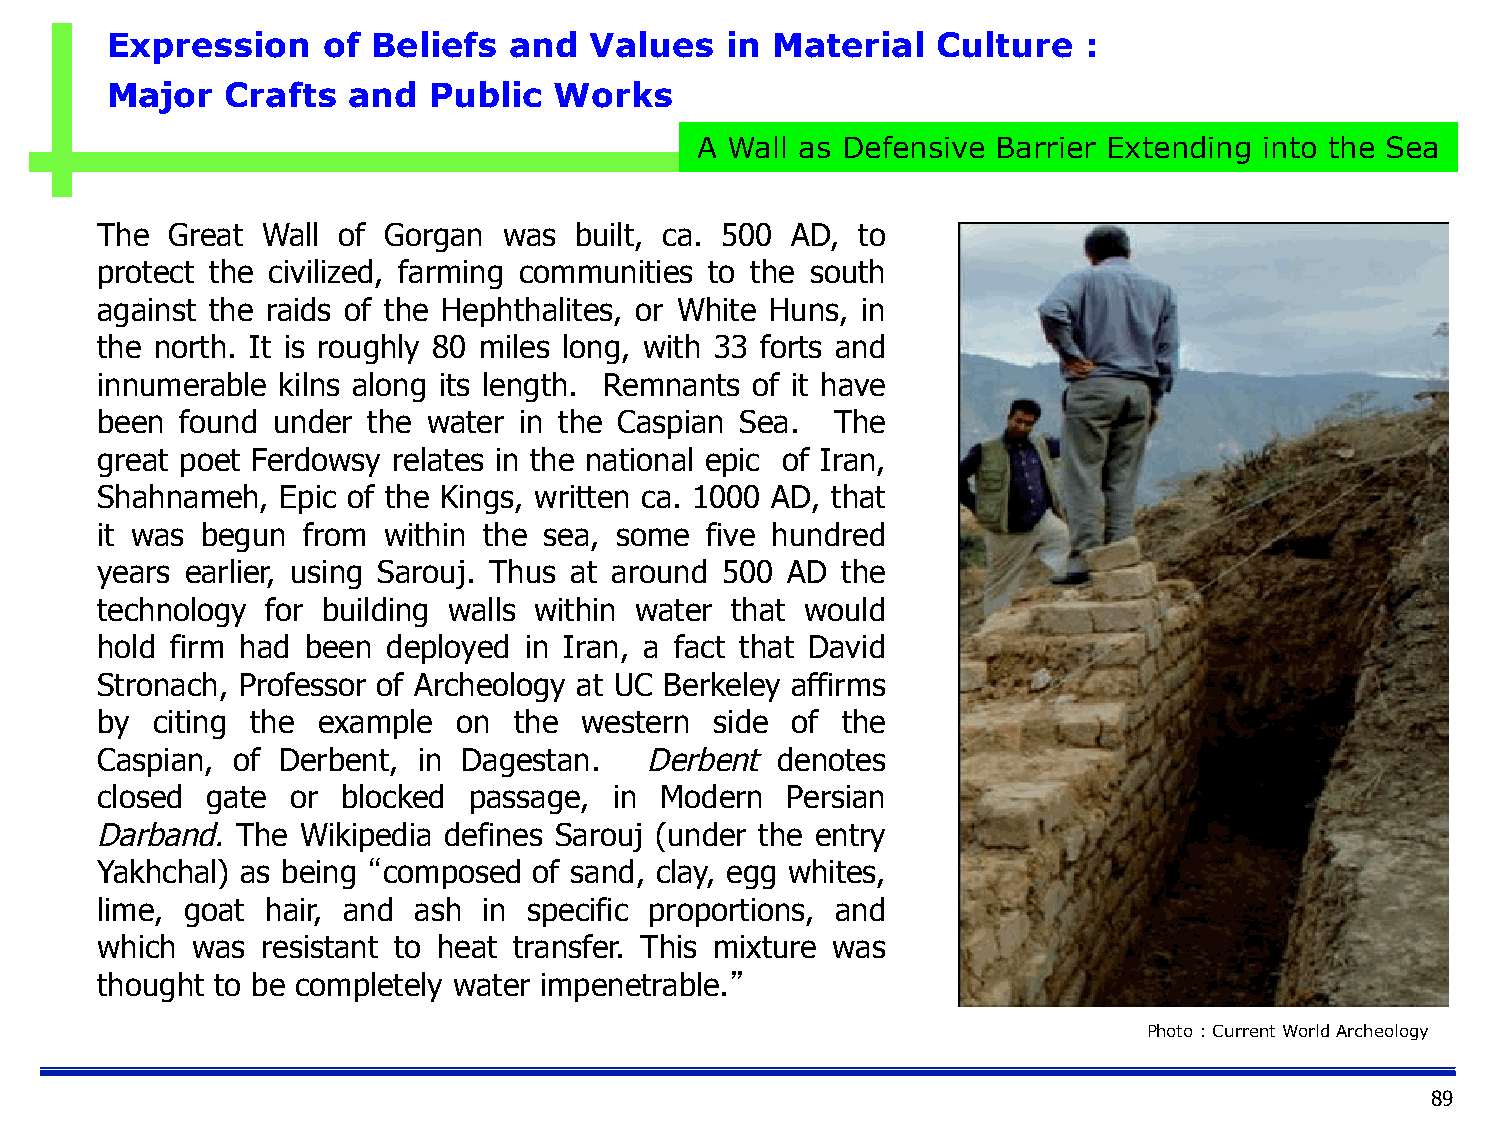
Expression    of  Beliefs  and  Values   in Material   Culture   :
 Major   Crafts  and  Public   Works
 A Wall as Defensive Barrier Extending into the Sea
 The  Great Wall of Gorgan  was  built, ca. 500 AD, to
 protect the civilized, farming communities to the south
 against the raids of the Hephthalites, or White Huns, in
 the north. It is roughly 80 miles long, with 33 forts and
 innumerable kilns along its length. Remnants of it have
 been  found under the water in the Caspian Sea.  The
 great poet Ferdowsy relates in the national epic of Iran,
 Shahnameh,   Epic of the Kings, written ca. 1000 AD, that
 it was begun  from within the sea, some  five hundred
 years earlier, using Sarouj. Thus at around 500 AD the
 technology  for building walls within water that would
 hold firm had been  deployed in Iran, a fact that David
 Stronach, Professor of Archeology at UC Berkeley affirms
 by  citing the example  on  the western  side of  the
 Caspian, of Derbent,  in Dagestan.   Derbent denotes
 closed  gate or  blocked passage,  in Modern  Persian
 Darband.  The Wikipedia defines Sarouj (under the entry
 Yakhchal) as being “composed of sand, clay, egg whites,
 lime, goat  hair, and ash in specific proportions, and
 which  was resistant to heat transfer. This mixture was
 thought to be completely water impenetrable.”
 Photo : Current World Archeology
 89